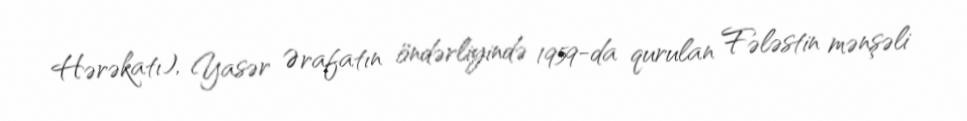
Hərəkatı), Yasər Ərafatın öndərliyində 1959-da qurulan Fələstin mənşəli